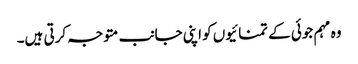
وہ مہم جوئی کے تمنائیوں کو اپنی جانب متوجہ کرتی ہیں۔